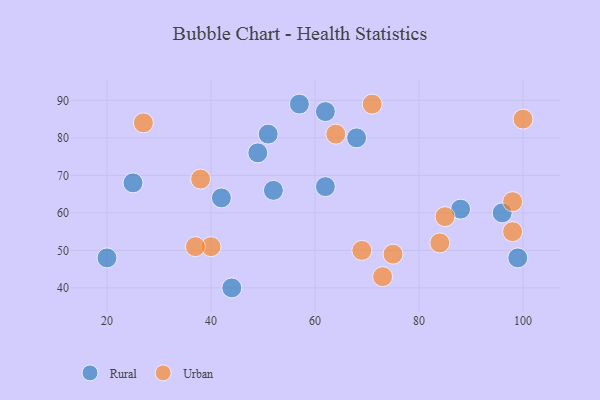
{"axis": {"x": "GDP", "y": "Life Expectancy"}, "legend": ["Rural", "Urban"], "data": [{"x": "57", "y": 89, "type": "Rural"}, {"x": "25", "y": 68, "type": "Rural"}, {"x": "49", "y": 76, "type": "Rural"}, {"x": "42", "y": 64, "type": "Rural"}, {"x": "44", "y": 40, "type": "Rural"}, {"x": "62", "y": 87, "type": "Rural"}, {"x": "68", "y": 80, "type": "Rural"}, {"x": "52", "y": 66, "type": "Rural"}, {"x": "20", "y": 48, "type": "Rural"}, {"x": "99", "y": 48, "type": "Rural"}, {"x": "96", "y": 60, "type": "Rural"}, {"x": "88", "y": 61, "type": "Rural"}, {"x": "51", "y": 81, "type": "Rural"}, {"x": "62", "y": 67, "type": "Rural"}, {"x": "75", "y": 49, "type": "Urban"}, {"x": "84", "y": 52, "type": "Urban"}, {"x": "85", "y": 59, "type": "Urban"}, {"x": "98", "y": 55, "type": "Urban"}, {"x": "100", "y": 85, "type": "Urban"}, {"x": "71", "y": 89, "type": "Urban"}, {"x": "64", "y": 81, "type": "Urban"}, {"x": "98", "y": 63, "type": "Urban"}, {"x": "38", "y": 69, "type": "Urban"}, {"x": "73", "y": 43, "type": "Urban"}, {"x": "69", "y": 50, "type": "Urban"}, {"x": "27", "y": 84, "type": "Urban"}, {"x": "40", "y": 51, "type": "Urban"}, {"x": "37", "y": 51, "type": "Urban"}]}